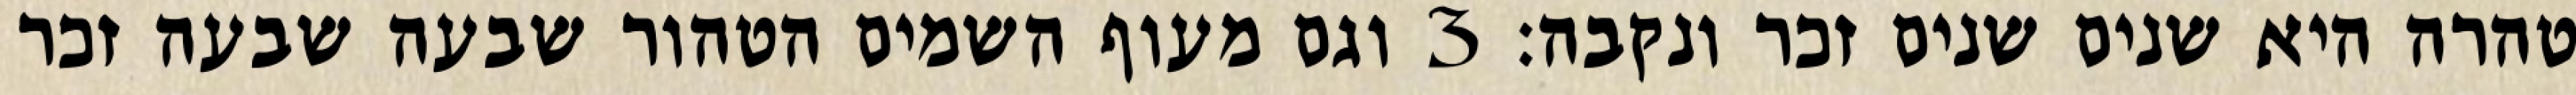
טהרה היא שנים שנים זכר ונקבה׃ ‎3‏ וגם מעוף השמים הטהור שבעה שבעה זכר